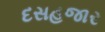
દસહજાર